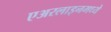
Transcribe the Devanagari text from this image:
एअरलाइनमध्ये